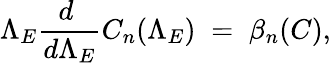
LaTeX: \Lambda_{E}{\frac{d\ }{d\Lambda_{E}}}C_{n}(\Lambda_{E})\; =\; \beta_{n}(C),